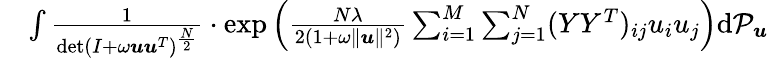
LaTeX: \begin{array}{rl}&{\int\frac 1{\operatorname*{det}(I+\omega{\boldsymbol u}{\boldsymbol u}^{T})^{\frac{N}{2}}}\cdot\exp\left(\frac{N\lambda}{2(1+\omega\| {\boldsymbol u}\| ^{2})}\sum_{i=1}^{M}\sum_{j=1}^{N}(YY^{T})_{ij}u_{i}u_{j}\right)\mathrm{d}{\mathcal P}_{{\boldsymbol u}}}\end{array}